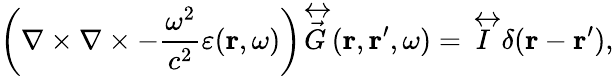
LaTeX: \left(\mathbf{\nabla}\times\mathbf{\nabla}\times-\frac{\omega^{2}}{c^{2}}\varepsilon(\mathbf{r},\omega)\right)\overleftrightarrow{\vec{G}}(\mathbf{r},\mathbf{r}^{\prime},\omega)=\overleftrightarrow{I}\delta(\mathbf{r}-\mathbf{r}^{\prime}),